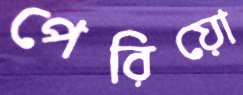
পেরিয়ো